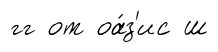
гг от оа́з'ис ш